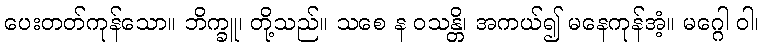
ပေးတတ်ကုန်သော။ ဘိက္ခူ၊ တို့သည်။ သစေ န ဝသန္တိ၊ အကယ်၍ မနေကုန်အံ့။ မဂ္ဂေါ ဝါ၊